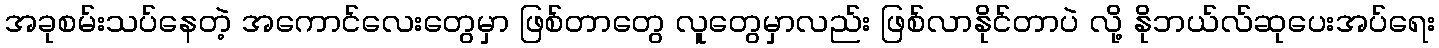
အခုစမ်းသပ်နေတဲ့ အကောင်လေးတွေမှာ ဖြစ်တာတွေ လူတွေမှာလည်း ဖြစ်လာနိုင်တာပဲ လို့ နိုဘယ်လ်ဆုပေးအပ်ရေး